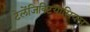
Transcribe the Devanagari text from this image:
टेलेंजिक्टियासियस